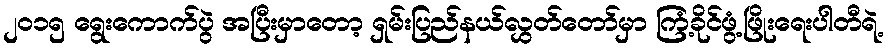
၂၀၁၅ ရွေးကောက်ပွဲ အပြီးမှာတော့ ရှမ်းပြည်နယ်လွှတ်တော်မှာ ကြံ့ခိုင်ဖွံ့ဖြိုးရေးပါတီရဲ့